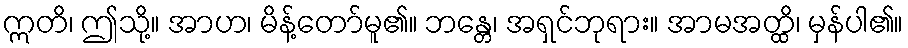
ဣတိ၊ ဤသို့။ အာဟ၊ မိန့်တော်မူ၏။ ဘန္တေ၊ အရှင်ဘုရား။ အာမအတ္ထိ၊ မှန်ပါ၏။